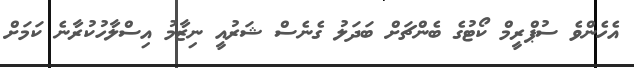
އެހެންވެ ސުޕްރީމް ކޯޓުގެ ބެންޗަށް ބަދަލު ގެނެސް ޝަރުއީ ނިޒާމު އިސްލާހުކުރާނެ ކަމަށް